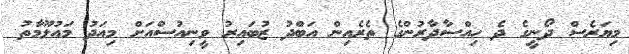
މިޔަރެސް ދޯނީގެ ދެ ހިއްސާދާރުންގެ ތެރެއިން އަބްދު ޒުބައިރު ވީނިއުސްއަށް މިއަދު މައުލޫމާތު